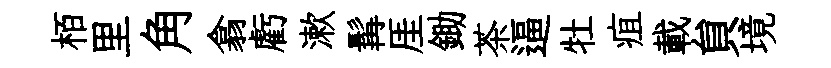
栢里角翕虧漱髯厓鋤茶逼牡疽載貟境